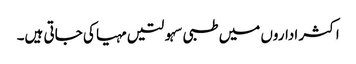
اکثر اداروں میں طبی سہولتیں مہیا کی جاتی ہیں۔